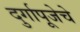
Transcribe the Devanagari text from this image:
दुर्गापूजेचे